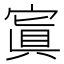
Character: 寘